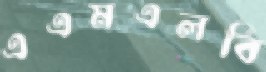
এএমএলবি